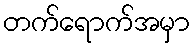
တက်ရောက်အမှာ